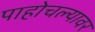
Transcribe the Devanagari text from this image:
पाहोचल्यावर